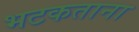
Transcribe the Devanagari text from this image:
भटकताना